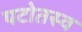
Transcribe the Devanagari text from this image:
पटोतस्व